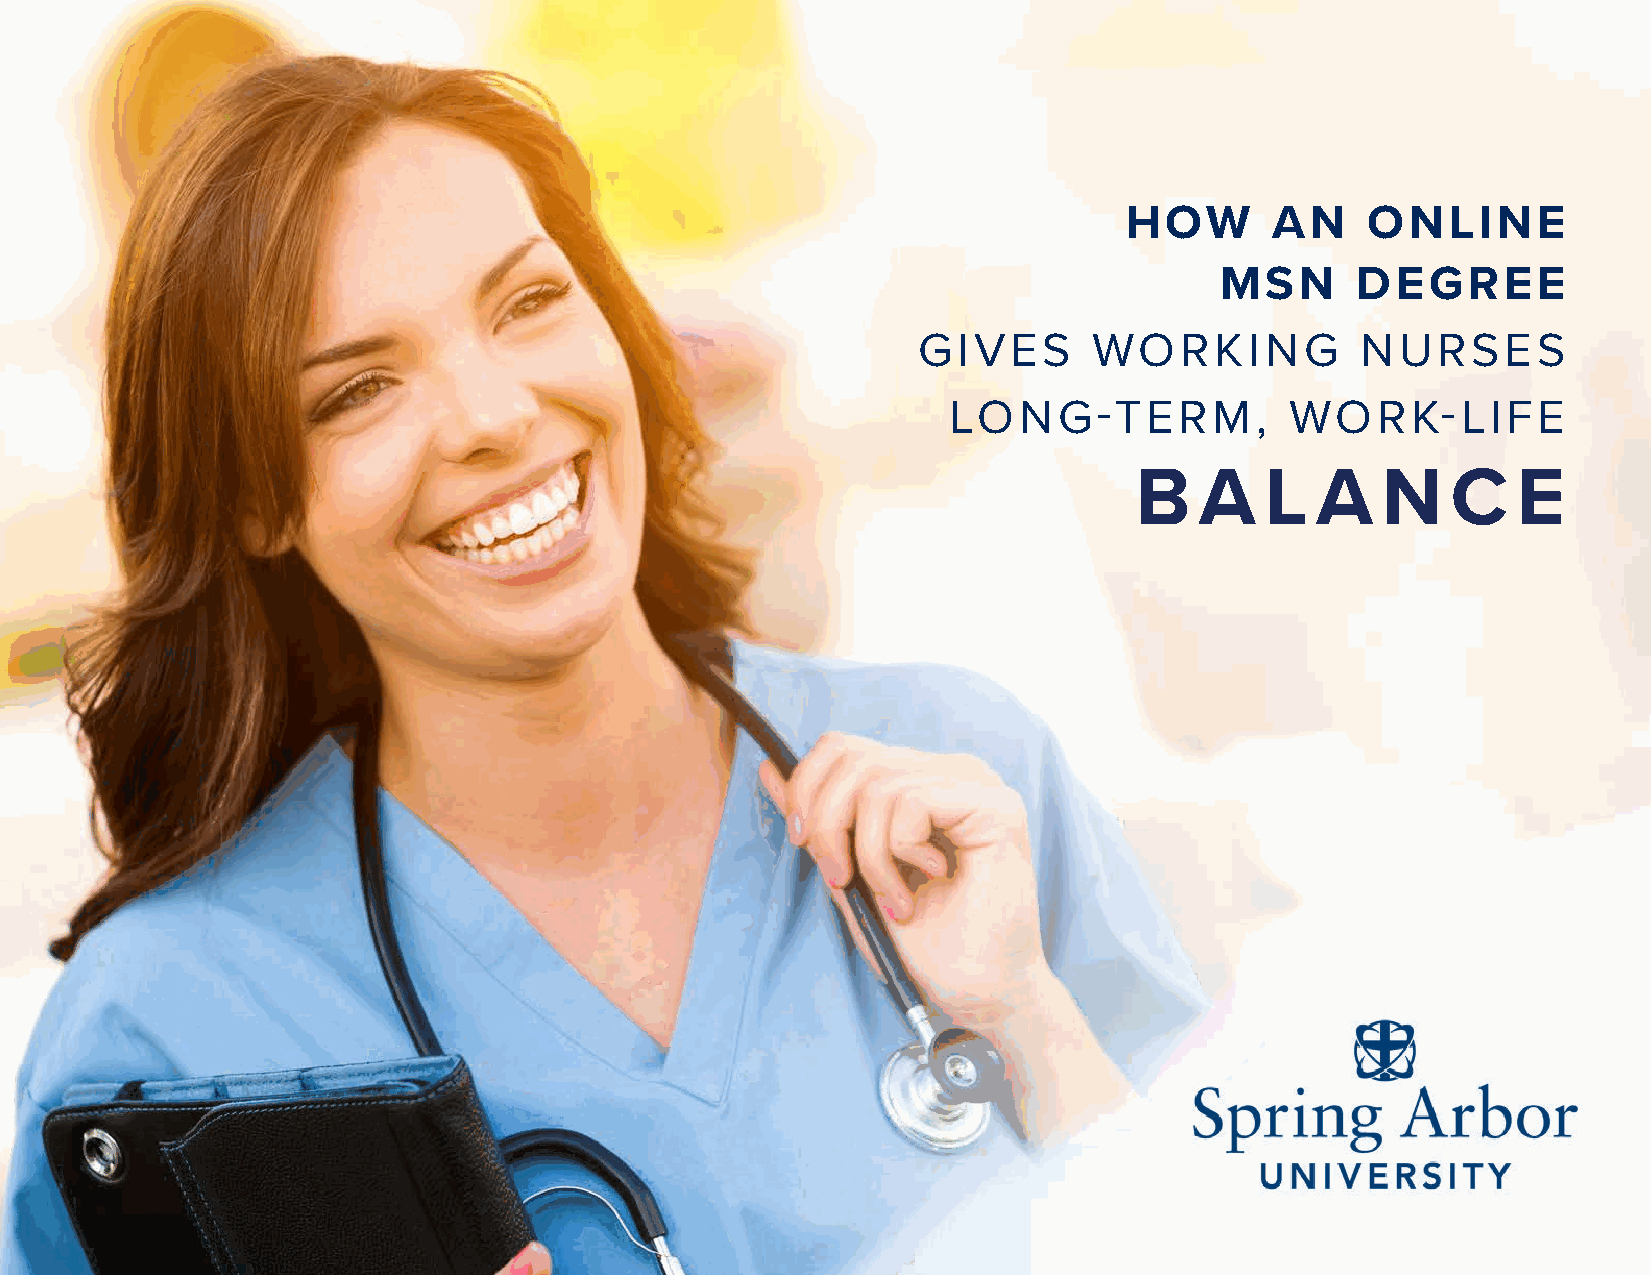
HOW       AN    ONLINE
 MSN      DEGREE
 GIVES      WORKING           NURSES
 LONG-TERM,            WORK-LIFE
 B   A    L  A   N    C   E